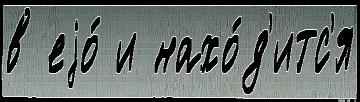
в еjо́ и нахо́д'итс'я